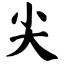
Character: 尖